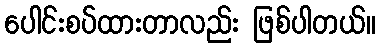
ပေါင်းစပ်ထားတာလည်း ဖြစ်ပါတယ်။